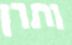
ותרן